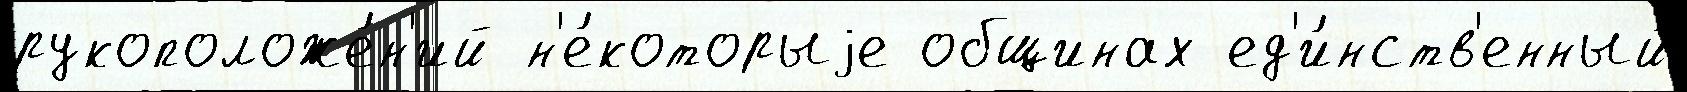
рукоположе́н'ий н'е́которыjе общинах ед'и́нств'енный